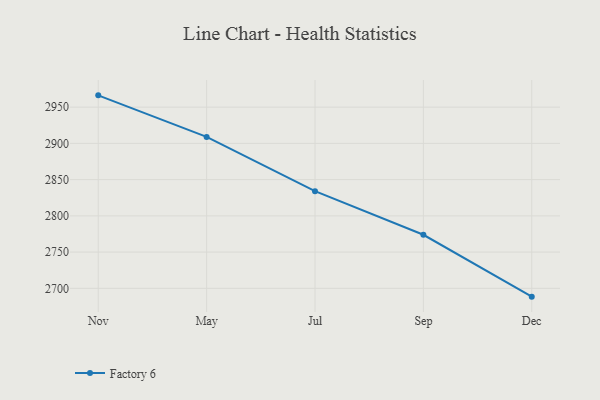
{"axis": {"x": "Month", "y": "Energy Usage (MWh)"}, "legend": ["Factory 6"], "data": [{"x": "Nov", "y": 2966.3, "type": "Factory 6"}, {"x": "May", "y": 2908.9, "type": "Factory 6"}, {"x": "Jul", "y": 2834.1, "type": "Factory 6"}, {"x": "Sep", "y": 2773.9, "type": "Factory 6"}, {"x": "Dec", "y": 2688.5, "type": "Factory 6"}]}